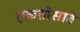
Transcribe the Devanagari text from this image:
एकतीसावे